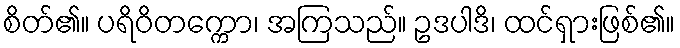
စိတ်၏။ ပရိဝိတက္ကော၊ အကြသည်။ ဥဒပါဒိ၊ ထင်ရှားဖြစ်၏။